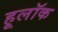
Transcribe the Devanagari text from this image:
हूलॉक